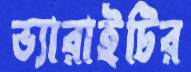
ভ্যারাইটির